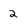
Character: 2